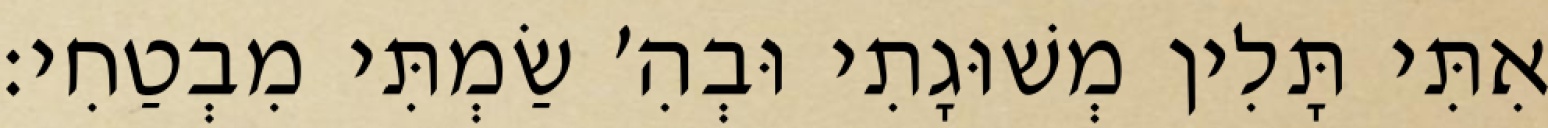
אִתִּי תָּלִין מְשׁוּגָתִי וּבְהִ׳ שַׂמְתִּי מִבְטַחִי: